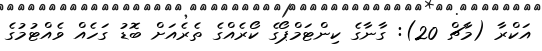
އަކްރާ (މާޗް 20): ގާނާގެ ކިންޓަމްޕޯގެ ކޯރެއްގެ ތެރެއަށް ބޮޑު ގަހެއް ވެއްޓުމުގެ